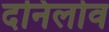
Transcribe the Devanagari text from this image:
दनिलोव